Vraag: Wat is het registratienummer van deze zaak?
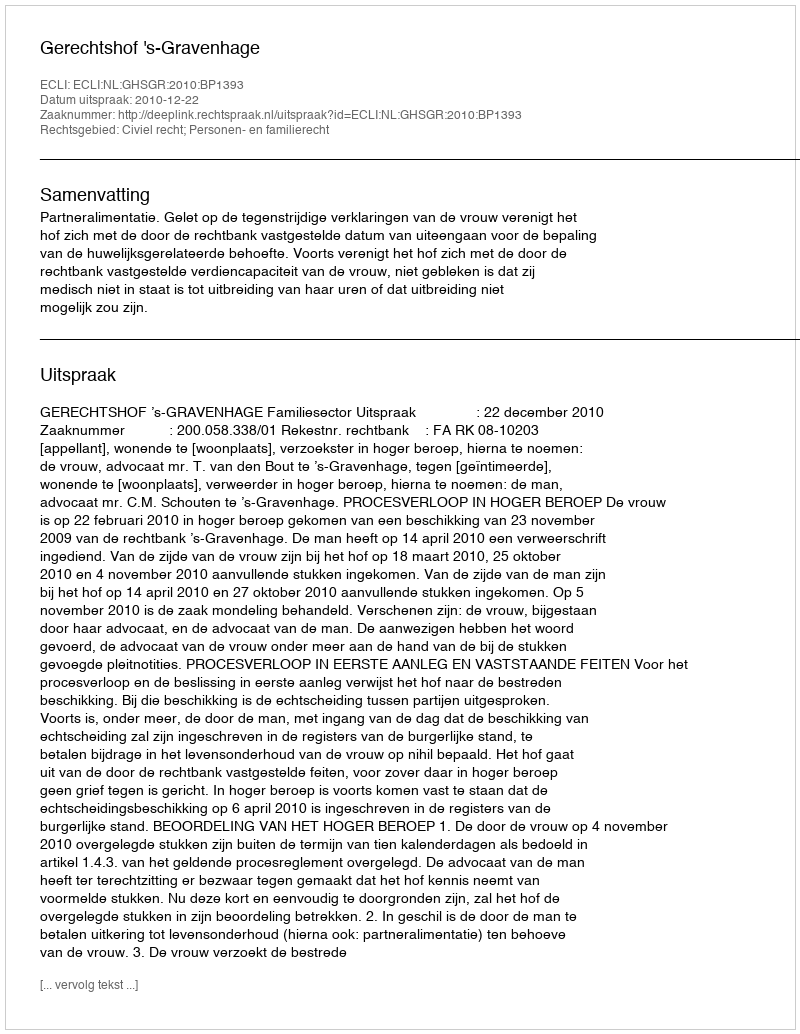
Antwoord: http://deeplink.rechtspraak.nl/uitspraak?id=ECLI:NL:GHSGR:2010:BP1393